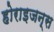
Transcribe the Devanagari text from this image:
होराइजन्स